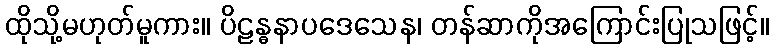
ထိုသို့မဟုတ်မူကား။ ပိဠန္ဓနာပဒေသေန၊ တန်ဆာကိုအကြောင်းပြုသဖြင့်။